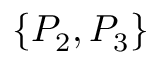
\{ P _ { 2 } , P _ { 3 } \}